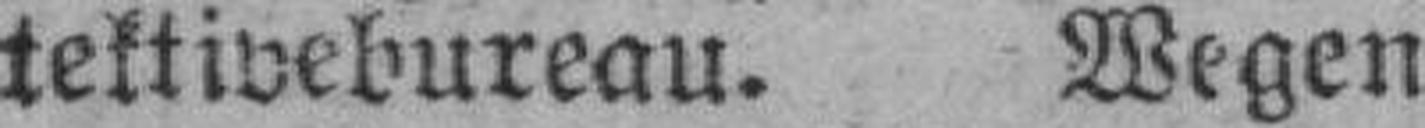
tektivebureau. Wegen